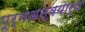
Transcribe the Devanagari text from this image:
पूर्नअन्वयार्थ